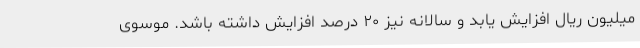
میلیون ریال افزایش یابد و سالانه نیز ۲۰ درصد افزایش داشته باشد. موسوی